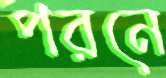
পরনে